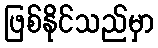
ဖြစ်နိုင်သည်မှာ